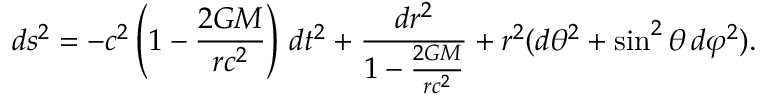
d s ^ { 2 } = - c ^ { 2 } \left( 1 - { \frac { 2 G M } { r c ^ { 2 } } } \right) \, d t ^ { 2 } + { \frac { d r ^ { 2 } } { 1 - { \frac { 2 G M } { r c ^ { 2 } } } } } + r ^ { 2 } ( d \theta ^ { 2 } + \sin ^ { 2 } \theta \, d \varphi ^ { 2 } ) .